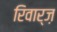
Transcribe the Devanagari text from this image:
रिवार्ज़